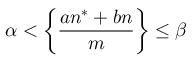
\alpha < { \biggl \{ } { \frac { a n ^ { * } + b n } { m } } { \biggr \} } \leq \beta